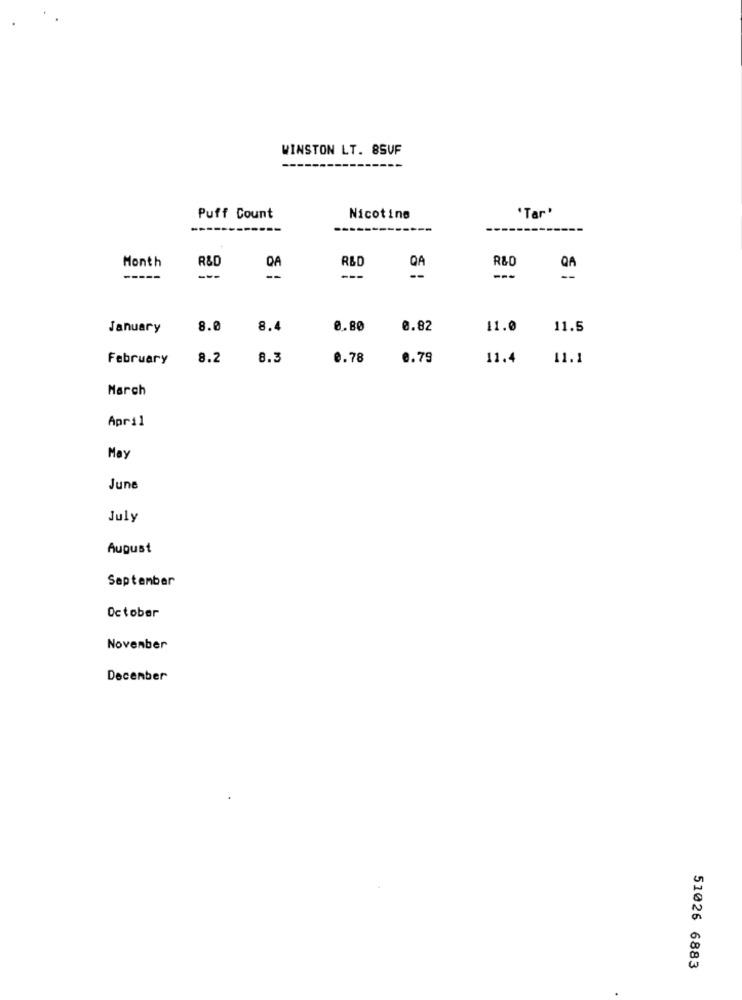
WINSTON LT. 8SVF
"Tar'
Puff Count
Nicotine
Month
R&D
R&D
R&O
-----
---
---
---
January
8.0
8.4
0.80
0.82
11.0
11.5
February
8.2
8.3
@.78
0.79
11.4
11.1
March
April
May
June
July
August
September
October
November
December
51026 6883